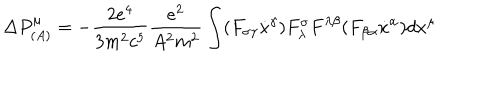
LaTeX: \Delta P _ { ( A ) } ^ { \mu } = - \frac { 2 e ^ { 4 } } { 3 m ^ { 2 } c ^ { 5 } } \frac { e ^ { 2 } } { A ^ { 2 } m ^ { 2 } } \int ( F _ { \sigma \gamma } \dot { x } ^ { \gamma } ) F _ { \lambda } ^ { \sigma } F ^ { \lambda \beta } ( F _ { \beta \alpha } \dot { x } ^ { \alpha } ) d x ^ { \mu } \,